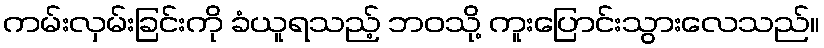
ကမ်းလှမ်းခြင်းကို ခံယူရသည့် ဘဝသို့ ကူးပြောင်းသွားလေသည်။